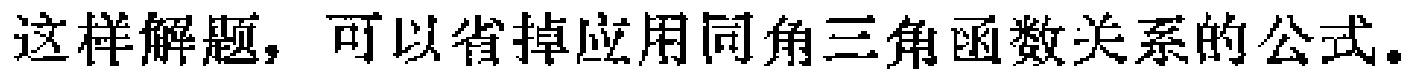
这样解题，可以省掉应用同角三角函数关系的公式。